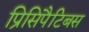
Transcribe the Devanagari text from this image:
प्रिसिपैटिबस